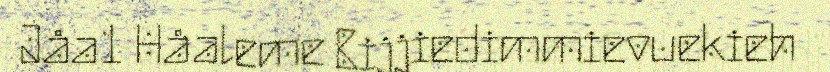
Jåa1 Håaleme Bijjiedimmievuekieh